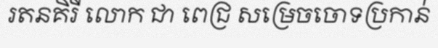
រតនគិរី លោក ជា ពេជ្រ សម្រេចចោទប្រកាន់